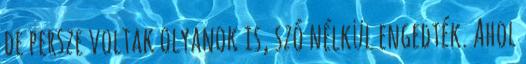
de persze voltak olyanok is, szó nélkül engedték. Ahol